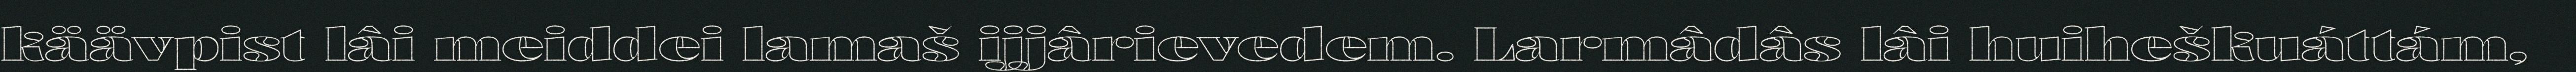
käävpist lâi meiddei lamaš ijjârievedem. Larmâdâs lâi huiheškuáttám,